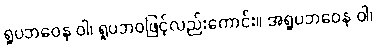
ရူပဘဝေန ဝါ၊ ရူပဘဝဖြင့်လည်းကောင်း။ အရူပဘဝေန ဝါ၊